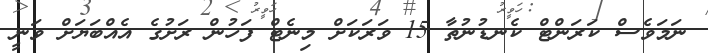
ނަމަވެސް ކަރަންޓް ކެނޑުނުތާ 15 ވަރަކަށް މިނެޓް ފަހުން ރަށުގެ އެއްބަޔަށް ވަނީ